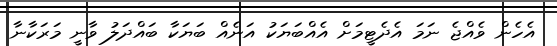
އެހެން ވެއްޖެ ނަމަ އެދެޓީމަށް އެއްބަޔަކު އަނެއް ބަޔަކާ ބައްދަލު ވާނީ މަރަކާނާ